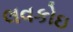
લવકોઇ